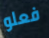
فعلو